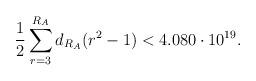
LaTeX: \begin{align*}\frac{1}{2} \sum_{r=3}^{R_{A}} d_{R_{A}}(r^{2} -1) < 4.080\cdot 10^{19}.\end{align*}